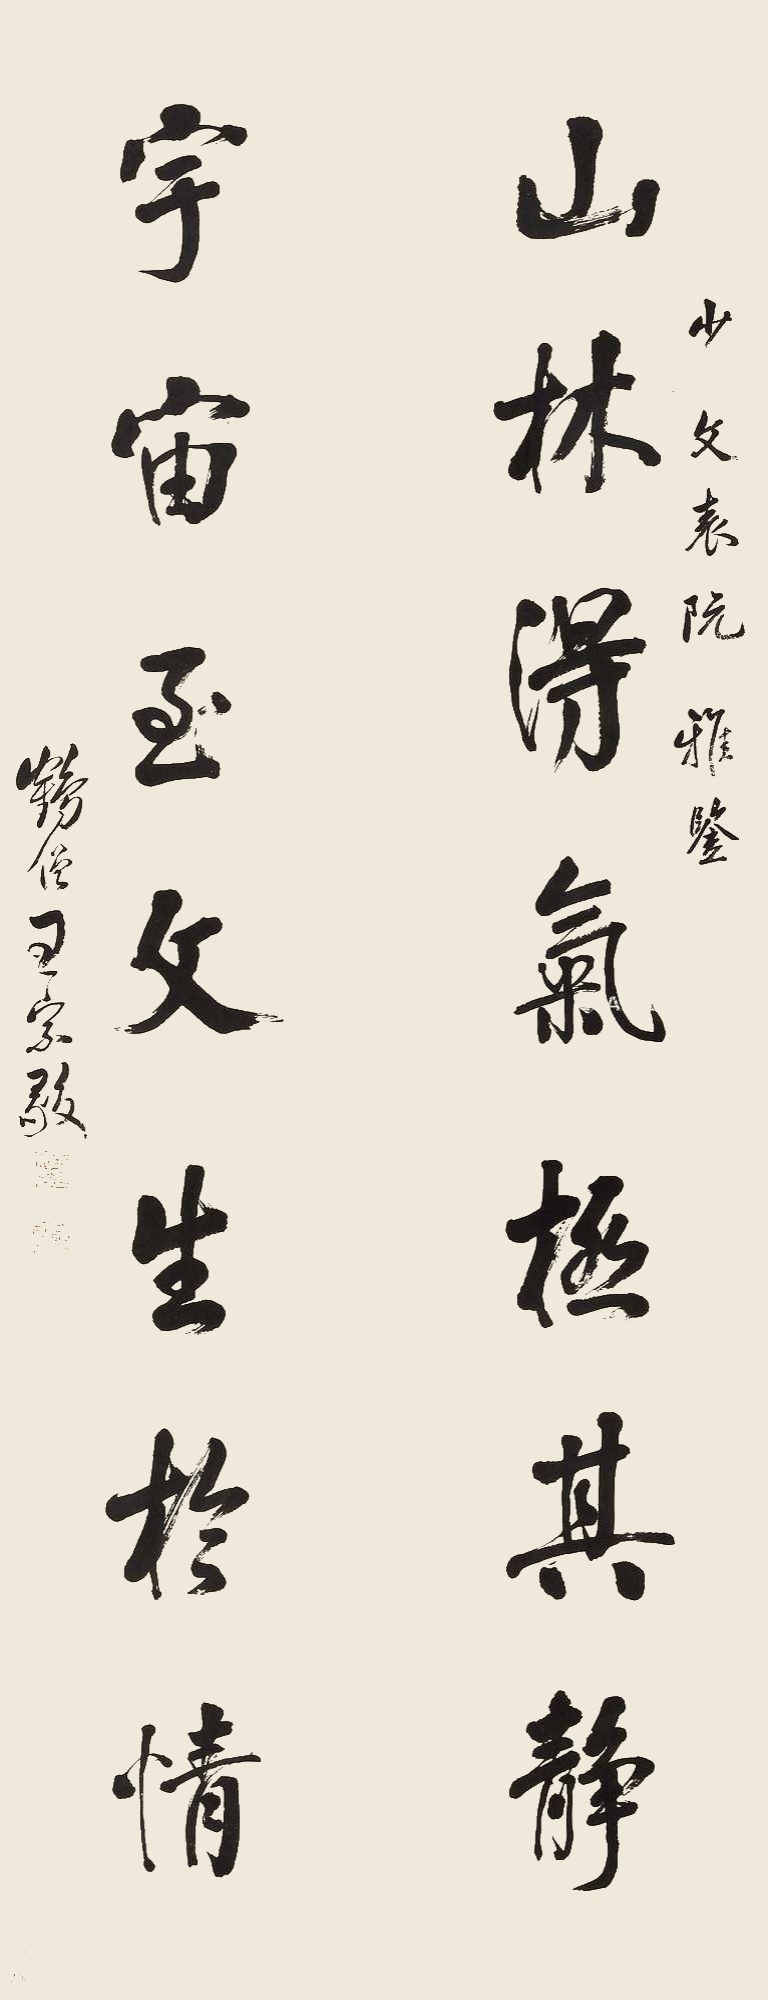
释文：山林淂气极其静，宇宙玉父生于情。少文表阮雅鉴，鹤僧王宗毅。